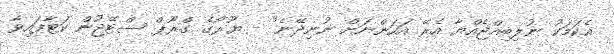
އެކަމަކު ނުލިބިއްޖެއްޔާ އެރޭ އަހަންނަށް ނުނިދޭނެ" - ޔޫރޯގެ ގްރޫޕް ސްޓޭޖުން ކަޓާފައިވާ